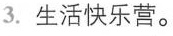
3.生活快乐营